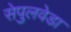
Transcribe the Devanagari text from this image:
सेपुलवेडा